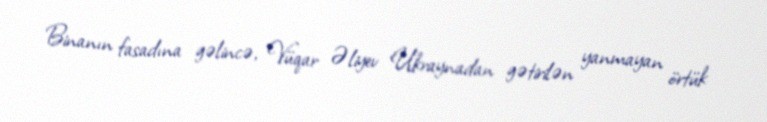
Binanın fasadına gəlincə, Vüqar Əliyev Ukraynadan gətirilən yanmayan örtük